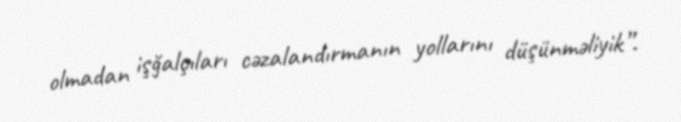
olmadan işğalçıları cəzalandırmanın yollarını düşünməliyik”.